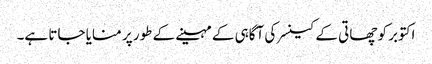
اکتوبر کو چھاتی کے کینسر کی آگاہی کے مہینے کے طور پر منایا جاتا ہے۔